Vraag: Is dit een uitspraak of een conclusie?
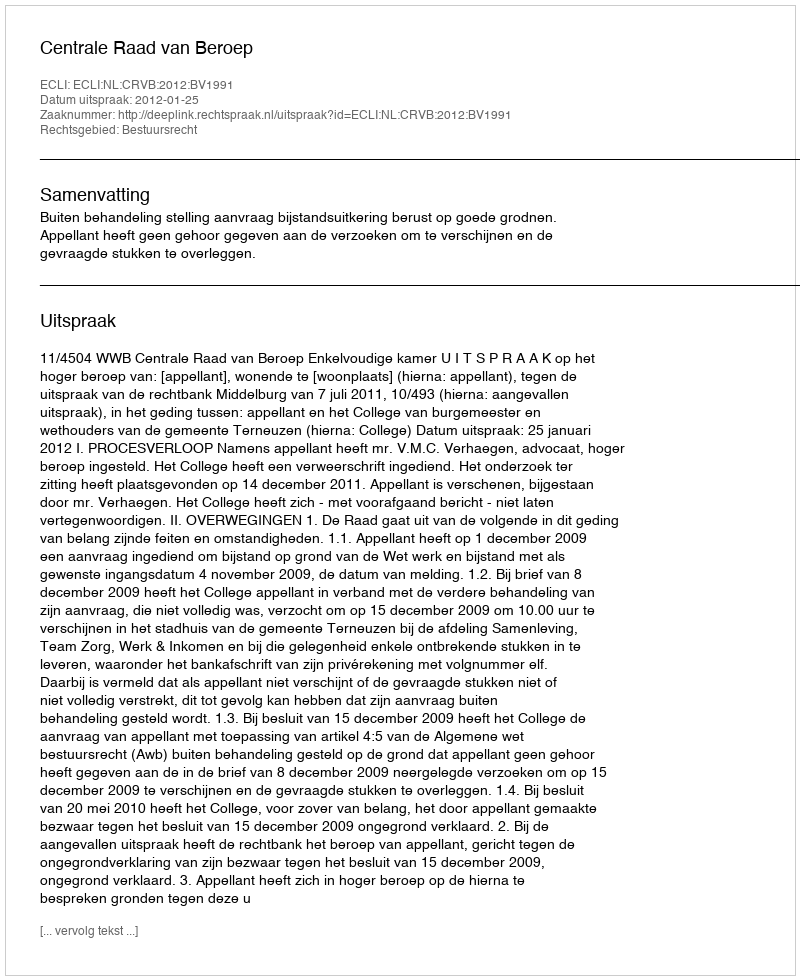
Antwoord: Uitspraak